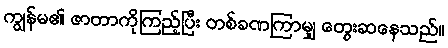
ကျွန်မ၏ ဇာတာကိုကြည့်ပြီး တစ်ခဏကြာမျှ တွေးဆနေသည်။